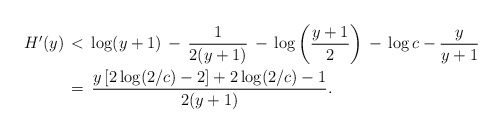
\begin{align*}H'(y) \,&<\, \log(y+1) \,-\, \frac{1}{2(y+1)} \,-\, \log\left(\frac{y+1}{2}\right) \,-\,\log c -\frac{y}{y+1} \\ \,& = \, \frac{y\left[2 \log (2/c) - 2\right] + 2 \log (2/c) - 1}{2(y+1)}.\end{align*}